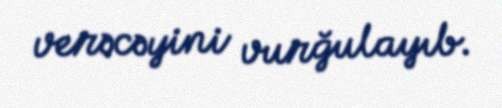
verəcəyini vurğulayıb.